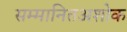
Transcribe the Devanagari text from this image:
सम्मानितअशोक